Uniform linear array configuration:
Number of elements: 4
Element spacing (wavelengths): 1
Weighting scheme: exponential
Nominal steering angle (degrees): -30
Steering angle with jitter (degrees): -30.02
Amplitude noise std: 0.05
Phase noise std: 0.05

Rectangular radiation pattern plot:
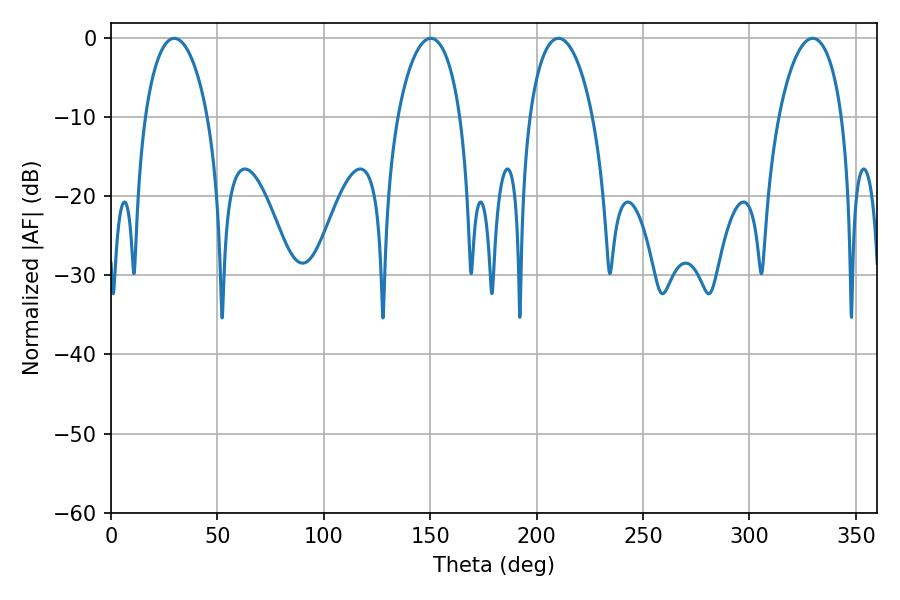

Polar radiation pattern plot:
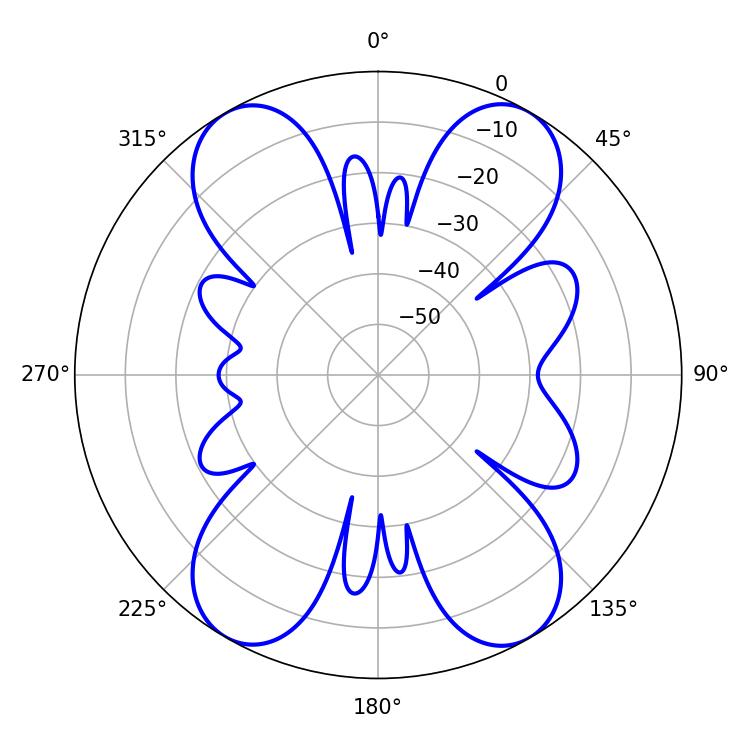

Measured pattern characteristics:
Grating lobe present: TRUE
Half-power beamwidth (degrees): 16.92
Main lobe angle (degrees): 210.24